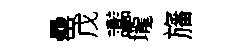
罍戊讟壠旛